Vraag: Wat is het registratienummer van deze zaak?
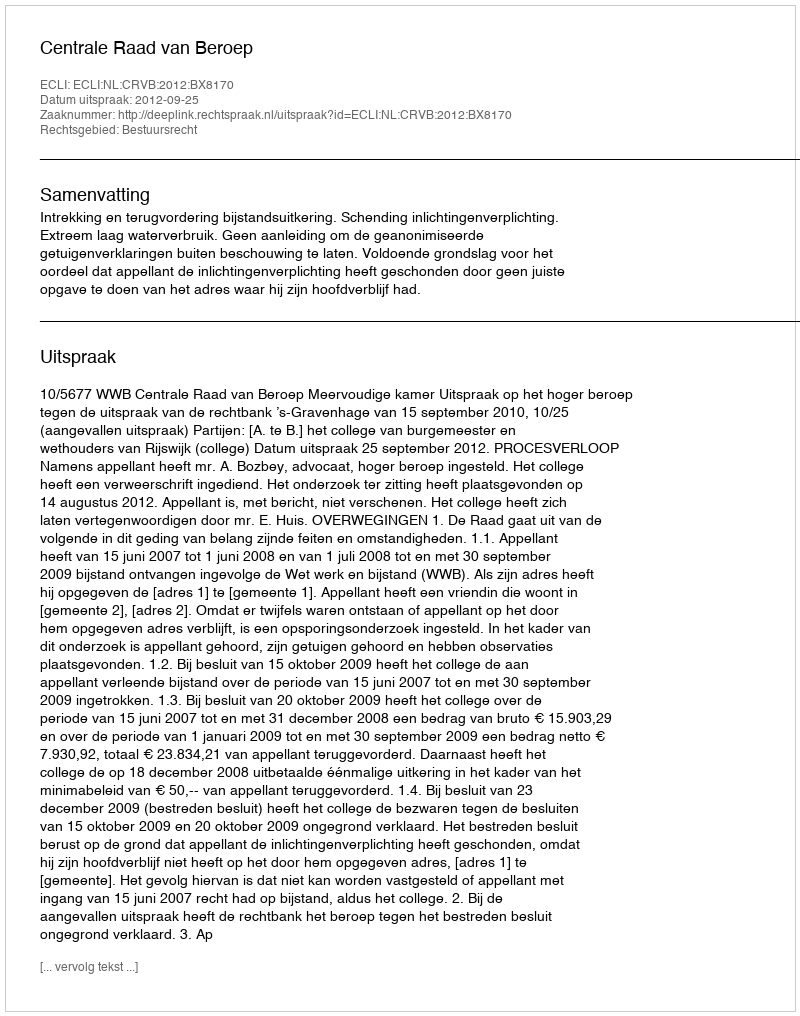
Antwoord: http://deeplink.rechtspraak.nl/uitspraak?id=ECLI:NL:CRVB:2012:BX8170